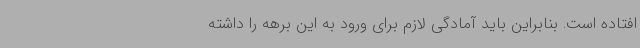
افتاده است. بنابراین باید آمادگی لازم برای ورود به این برهه را داشته